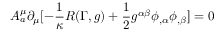
A _ { a } ^ { \mu } \partial _ { \mu } [ - \frac { 1 } { \kappa } R ( \Gamma , g ) + \frac { 1 } { 2 } g ^ { \alpha \beta } \phi _ { , \alpha } \phi _ { , \beta } ] = 0